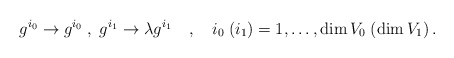
\begin{align*}g^{i_{0}} \rightarrow g^{i_{0}} \; , \; g^{i_{1}} \rightarrow\lambda g^{i_{1}} \quad,\quad i_0 \; (i_1) = 1, \ldots,\textrm{dim} \, V_0 \; (\textrm{dim} \, V_1) \,.\end{align*}